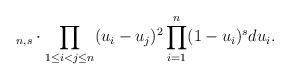
LaTeX: \begin{align*} _{n, s} \cdot \prod_{1 \le i < j \le n } ( u_i - u_j)^2 \prod_{i = 1}^n ( 1- u_i)^s du_i.\end{align*}